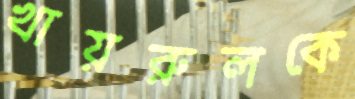
খায়রুলকে